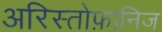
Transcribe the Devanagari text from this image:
अरिस्तोफ़ानिज